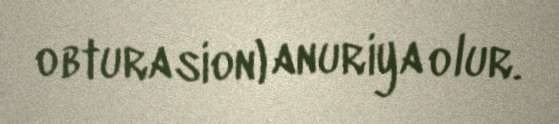
obturasion) anuriya olur.